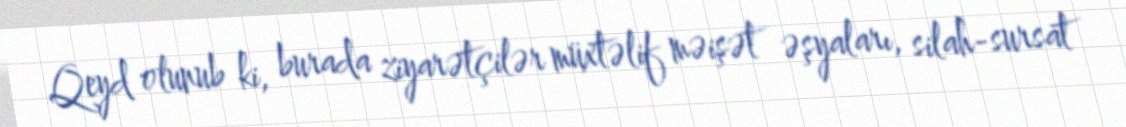
Qeyd olunub ki, burada ziyarətçilər müxtəlif məişət əşyaları, silah-sursat